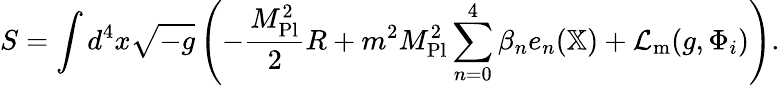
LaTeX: S=\int d^{4}x{\sqrt{-g}}\left(-{\frac{M_{\mathrm{Pl}}^{2}}{2}}R+m^{2}M_{\mathrm{Pl}}^{2}\displaystyle\sum_{n=0}^{4}\beta_{n}e_{n}(\mathbb{X})+{\mathcal{L}}_{\mathrm{m}}(g,\Phi_{i})\right).